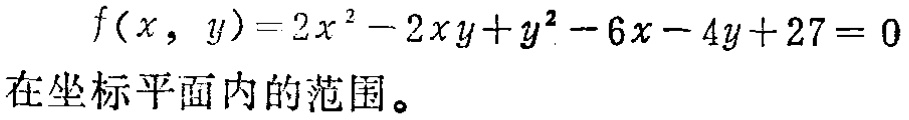
\(f(x, y)=2x^{2}-2xy + y^{2}-6x - 4y + 27 = 0\)在坐标平面内的范围。